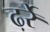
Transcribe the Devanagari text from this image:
ढ़र्रे